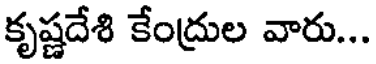
కృష్ణదేశి కేంద్రుల వారు...